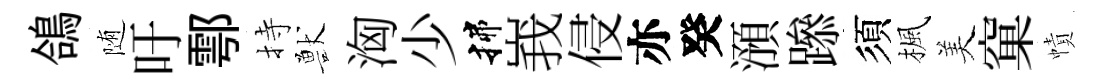
鴿随吁鄠持獸洶少揲峩侵亦癸澦𨅶須楓美窠幘